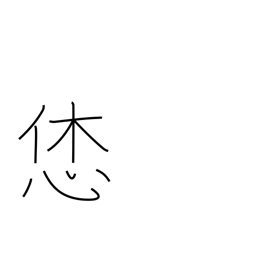
Meaning: nice